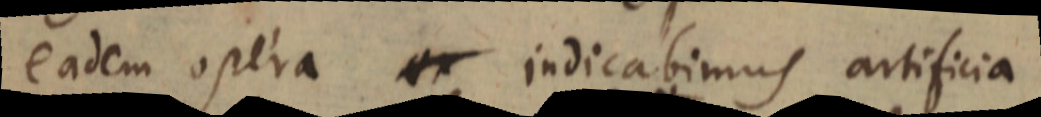
eadem opera ex indicabimus artificia